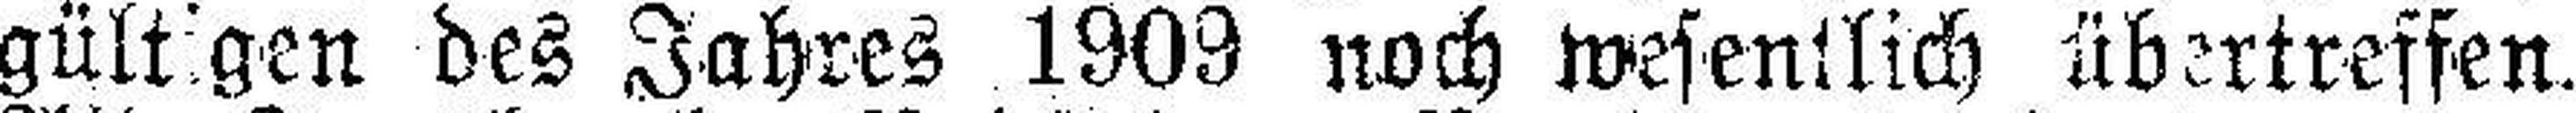
gültigen des Jahres 1909 noch wesentlich übertreffen.